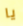
يا